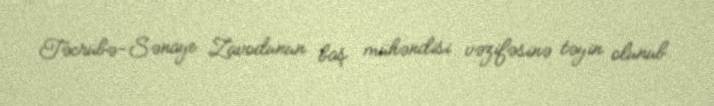
Təcrübə-Sənaye Zavodunun baş mühəndisi vəzifəsinə təyin olunub.